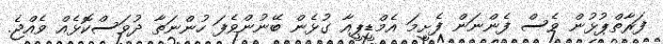
ފަރާތްޕުޅުން ވެސް ފެންނަން ފެށީމަ އެމްޑީޕީއާ ގުޅެން ބޭނުންވެފަ ހުންނަތާ ދުވަސްކޮޅެއް ވެއްޖެ.